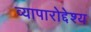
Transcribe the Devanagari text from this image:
व्यापारोद्देश्य